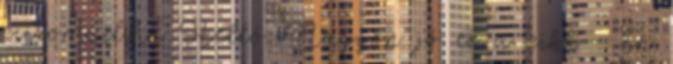
citromail.hu Helló. Nagyon jó ez a cikk : Én